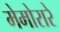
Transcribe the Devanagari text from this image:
मेमोरारे